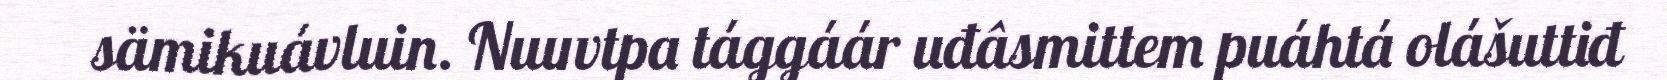
sämikuávluin. Nuuvtpa tággáár uđâsmittem puáhtá olášuttiđ